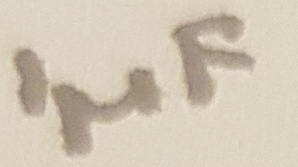
Text: 1µF